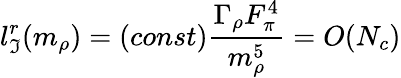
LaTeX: l_{\mathfrak{I}}^{r}(m_{\rho})=(const)\frac{{\Gamma_{\rho}F_{\pi}^{4}}}{{m_{\rho}^{5}}}=O(N_{c})